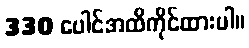
330 ပေါင်အထိကိုင်ထားပါ။